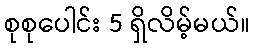
စုစုပေါင်း 5 ရှိလိမ့်မယ်။